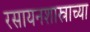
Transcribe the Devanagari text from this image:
रसायनशास्राच्या